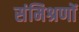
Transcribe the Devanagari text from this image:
संमिश्रणों